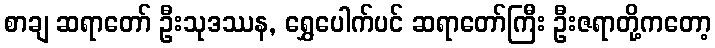
စာချ ဆရာတော် ဦးသုဒဿန, ရွှေပေါက်ပင် ဆရာတော်ကြီး ဦးဇရာတို့ကတော့